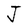
Character: J